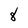
Character: 8